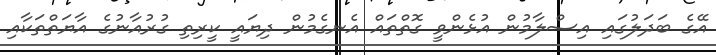
އޭގެ ބަދަލުގައި އިސްލާމުން އުޅެންވީ ގޮތްތައް އެނގެމުން ދިޔައީ ކީރިތި ގުރުއާނުގެ އާޔަތްތަކާއި